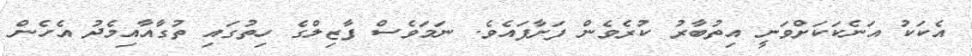
އެކަކު އަނެކަކަށްވަނީ އިތުބާރު ކުރެވެން ފަށާފައެވެ. ނަަމަވެސް ފާޒިލްގެ ހިތުގައި ތުގާއާއިމެދު އެހެން